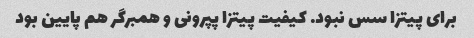
برای پیتزا سس نبود. کیفیت پیتزا پپرونی و همبرگر هم پایین بود